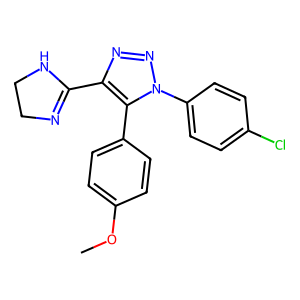
SMILES: COc1ccc(-c2c(C3=NCCN3)nnn2-c2ccc(Cl)cc2)cc1
Inhibits HIV replication: No